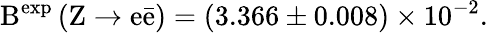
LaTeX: \mathrm{B^{exp}\left(\mathrm{Z\rightarrow e\bar{e}}\right)=(3.366\pm 0.008)\times 10^{-2}.}